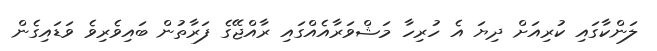
ލަންކާގައި ކުރިއަށް ދިޔަ އެ ހުރިހާ މަޝްވަރާއެއްގައި ރާއްޖޭގެ ފަރާތުން ބައިވެރިވެ ވަޑައިގެން